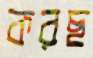
করছ